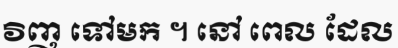
វិញ ទៅមក ។ នៅ ពេល ដែល